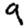
Digit: 9